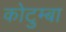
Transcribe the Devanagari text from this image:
कोटुम्बा